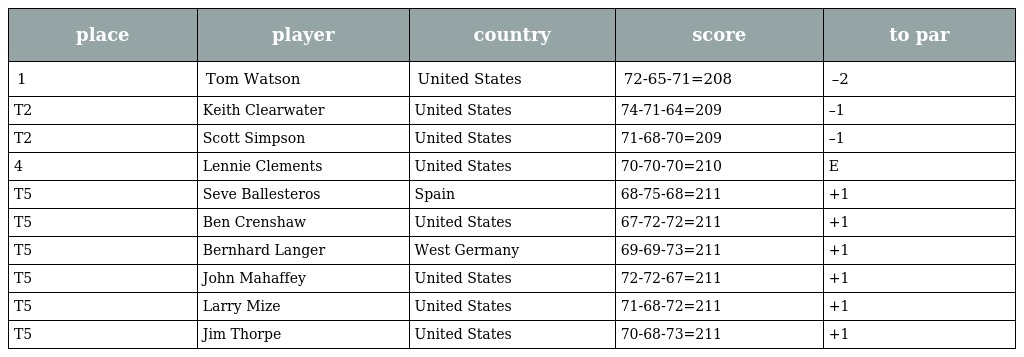
| place | player | country | score | to par |
 | --- | --- | --- | --- | --- |
 | 1 | Tom Watson | United States | 72-65-71=208 | –2 |
 | T2 | Keith Clearwater | United States | 74-71-64=209 | –1 |
 | T2 | Scott Simpson | United States | 71-68-70=209 | –1 |
 | 4 | Lennie Clements | United States | 70-70-70=210 | E |
 | T5 | Seve Ballesteros | Spain | 68-75-68=211 | +1 |
 | T5 | Ben Crenshaw | United States | 67-72-72=211 | +1 |
 | T5 | Bernhard Langer | West Germany | 69-69-73=211 | +1 |
 | T5 | John Mahaffey | United States | 72-72-67=211 | +1 |
 | T5 | Larry Mize | United States | 71-68-72=211 | +1 |
 | T5 | Jim Thorpe | United States | 70-68-73=211 | +1 |